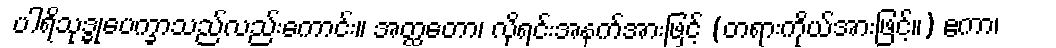
ပါရိသုဒ္ဓုပေက္ခာသည်လည်းကောင်း။ အတ္ထတော၊ လိုရင်းအနက်အားဖြင့် (တရားကိုယ်အားဖြင့်။) ဧကာ၊